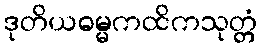
ဒုတိယဓမ္မကထိကသုတ္တံ